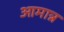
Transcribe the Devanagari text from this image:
आमान्न